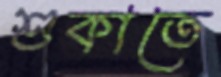
শুকাতে